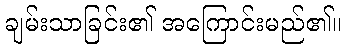
ချမ်းသာခြင်း၏ အကြောင်းမည်၏။